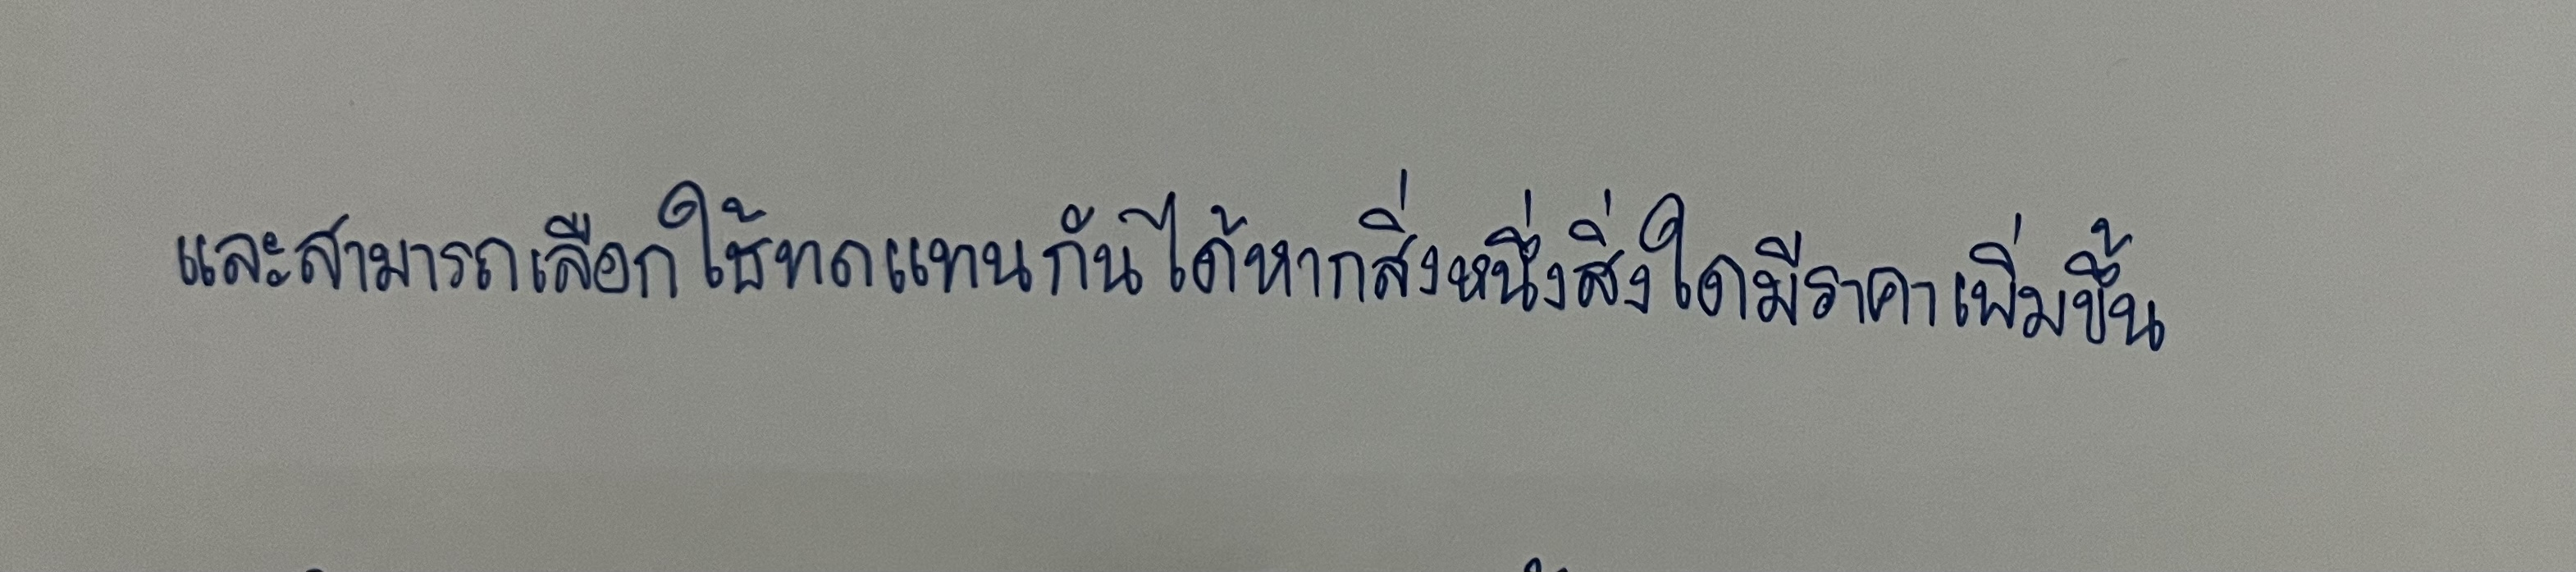
และสามารถเลือกใช้ทดแทนกันได้หากสิ่งหนึ่งสิ่งใดมีราคาเพิ่มขึ้น